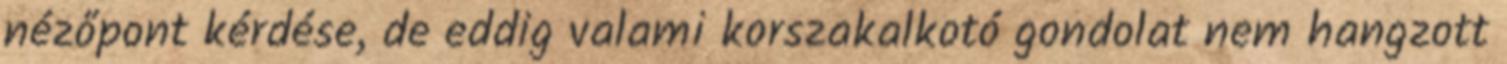
nézőpont kérdése, de eddig valami korszakalkotó gondolat nem hangzott